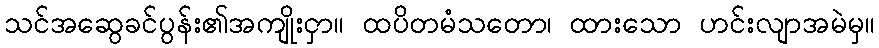
သင်အဆွေခင်ပွန်း၏အကျိုးငှာ။ ထပိတမံသတော၊ ထားသော ဟင်းလျာအမဲမှ။